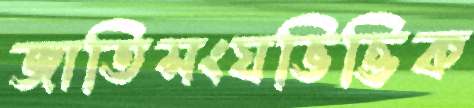
জাতিসংঘভিত্তিক